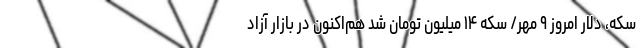
سکه، دلار امروز ۹ مهر/ سکه ۱۴ میلیون تومان شد هم‌اکنون در بازار آزاد